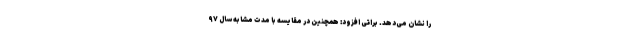
را نشان می‌دهد. براتی افزود: همچنین در مقایسه با مدت مشابه سال ۹۷